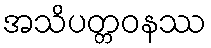
အသိပတ္တဝနဿ